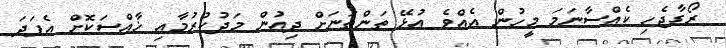
ރޯގާޖެހި ކެއްސާނަމަ މީހުން އެއްވެ އުޅޭ ތަންތަނަށް ދިއުން މަދުކުރުމާއި ޚާއްސަކޮށް އެފަދަ